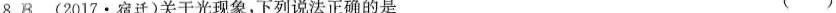
8.B(2017·宿迁)关于光现象，下列说法正确的是 ( )